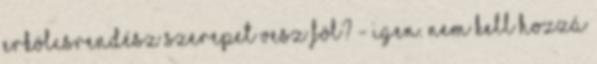
erkölcsrendész szerepet vesz föl? - Igen. Nem kell hozzá